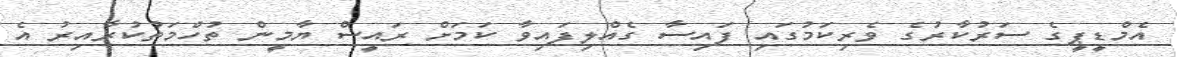
އެމްޑީޕީގެ ސަރުކާރުގެ ވެރިކަމުގައި ފައިސާ ގެއްލިފައިވާ ކަމަށް ރައީސް ޔާމީން ތުހްމަތުކުރާއިރު އެ